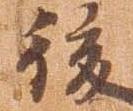
後